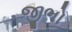
જીભો